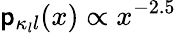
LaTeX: {\mathsf p}_{\kappa_{l}l}(x)\propto x^{-2.5}